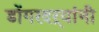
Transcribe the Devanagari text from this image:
डोंगरदऱ्यांनी